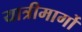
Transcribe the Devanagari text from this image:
यात्रीमार्गो